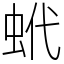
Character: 蚮